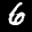
Label: 6